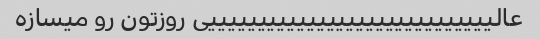
عالیییییییییییییییییییییییییییییی روزتون رو میسازه